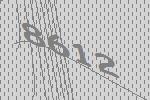
8612